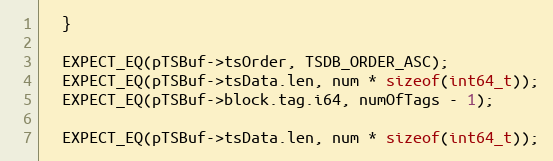
Language: C++
  }

  EXPECT_EQ(pTSBuf->tsOrder, TSDB_ORDER_ASC);
  EXPECT_EQ(pTSBuf->tsData.len, num * sizeof(int64_t));
  EXPECT_EQ(pTSBuf->block.tag.i64, numOfTags - 1);

  EXPECT_EQ(pTSBuf->tsData.len, num * sizeof(int64_t));